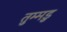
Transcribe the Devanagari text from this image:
तुम्मडु